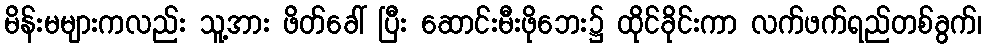
မိန်းမများကလည်း သူ့အား ဖိတ်ခေါ် ပြီး ဆောင်းမီးဖိုဘေး၌ ထိုင်ခိုင်းကာ လက်ဖက်ရည်တစ်ခွက်၊